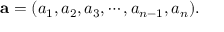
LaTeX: \mathbf { a } = ( a _ { 1 } , a _ { 2 } , a _ { 3 } , \cdots , a _ { n - 1 } , a _ { n } ) .